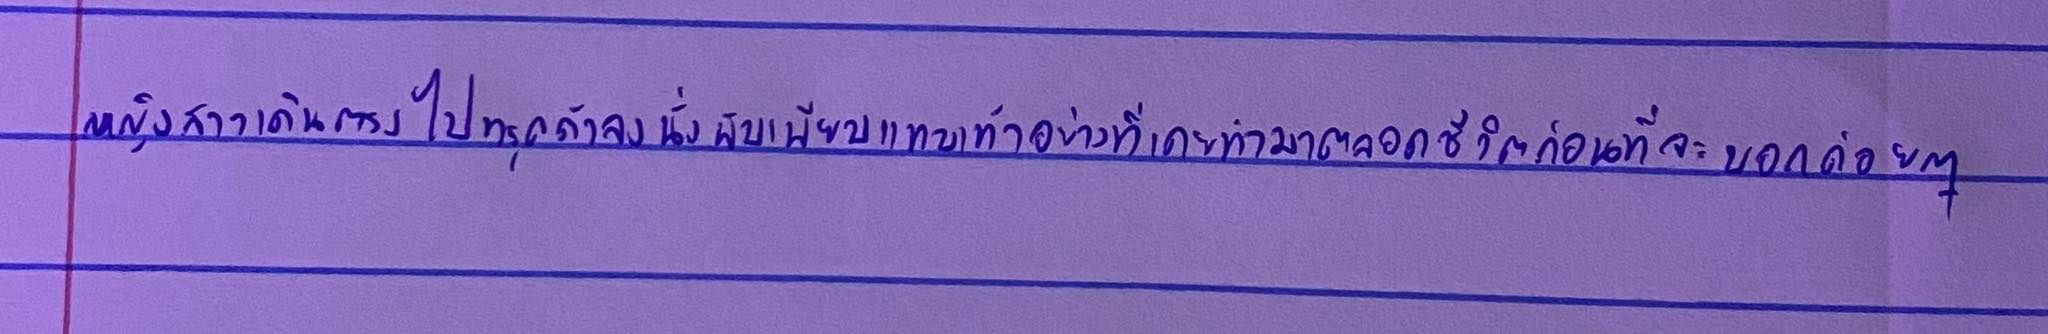
หญิงสาวเดินตรงไปทรุดตัวลงนั่งพับเพียบแทบเท้าอย่างที่เคยทำมาตลอดชีวิตก่อนที่จะบอกค่อยๆ